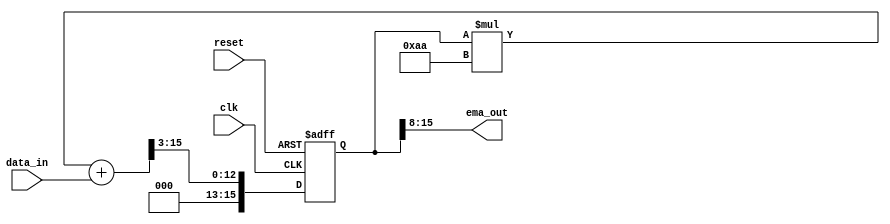
module ema_accumulator (
    input wire clk,
    input wire reset,
    input wire [7:0] data_in,
    output wire [7:0] ema_out
);

reg [15:0] ema_reg;
reg [7:0] ema_out;

parameter smoothing_factor = 8'b10101010; // Specify the smoothing factor

always @(posedge clk or posedge reset) begin
    if (reset) begin
        ema_reg <= 16'd0;
    end else begin
        ema_reg <= (ema_reg * (smoothing_factor) + data_in) >> 3; // Recursive formula for EMA calculation
    end
end

assign ema_out = ema_reg[15:8];

endmodule